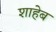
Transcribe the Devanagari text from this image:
शाहेब